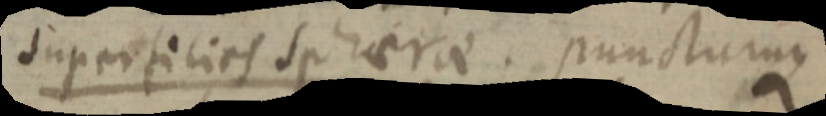
superficies sphaerae. punctumque